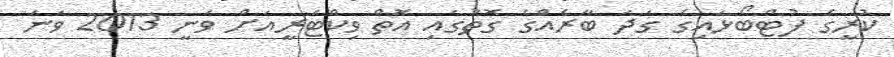
ކުރީގެ ފުޓްބޯޅައިގެ ގަދަ ބާރެއްގެ ގޮތުގައި އޮތް ވިކްޓަރީއަށް ވަނީ 2013 ވަނަ